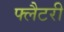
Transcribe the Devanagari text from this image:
फ्लैटरी